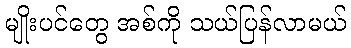
မျိုးပင်တွေ အစ်ကို သယ်ပြန်လာမယ်